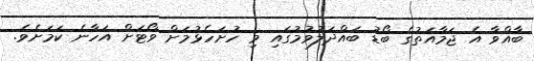
ބާއްވާ އެ ޖަމާއަތުގެ ބޯޑު ބައްދަލުވުމުގައި މި ހުށަހެޅުމަށް ވޯޓަށް އަހާނެ ކަމަށެވެ.